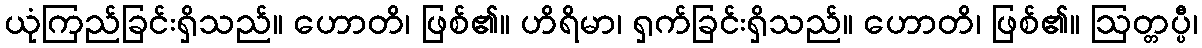
ယုံကြည်ခြင်းရှိသည်။ ဟောတိ၊ ဖြစ်၏။ ဟိရိမာ၊ ရှက်ခြင်းရှိသည်။ ဟောတိ၊ ဖြစ်၏။ ဩတ္တပ္ပီ၊